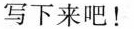
写下来吧！